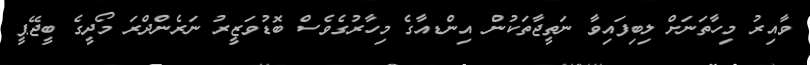
ވާއިރު މިހާތަނަށް ލިބިފައިވާ ނަތީޖާތަކުން އިންޑއާގެ މިހާރުގެވެސް ބޮޑުވަޒީރު ނަރެންދްރަ މޯދީގެ ބީޖޭޕީ